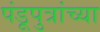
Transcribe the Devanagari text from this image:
पंडूपुत्रांच्या